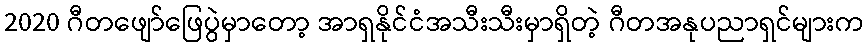
2020 ဂီတဖျော်ဖြေပွဲမှာတော့ အာရှနိုင်ငံအသီးသီးမှာရှိတဲ့ ဂီတအနုပညာရှင်များက